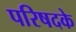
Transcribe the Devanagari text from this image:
परिषदके